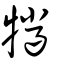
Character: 犣